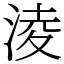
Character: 淩